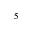
^ 5